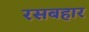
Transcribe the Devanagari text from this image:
रसबहार